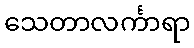
သေတာလင်္ကာရာ